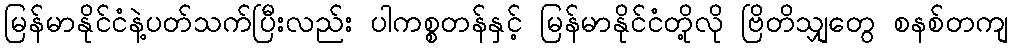
မြန်မာနိုင်ငံနဲ့ပတ်သက်ပြီးလည်း ပါကစ္စတန်နှင့် မြန်မာနိုင်ငံတို့လို ဗြိတိသျှတွေ စနစ်တကျ